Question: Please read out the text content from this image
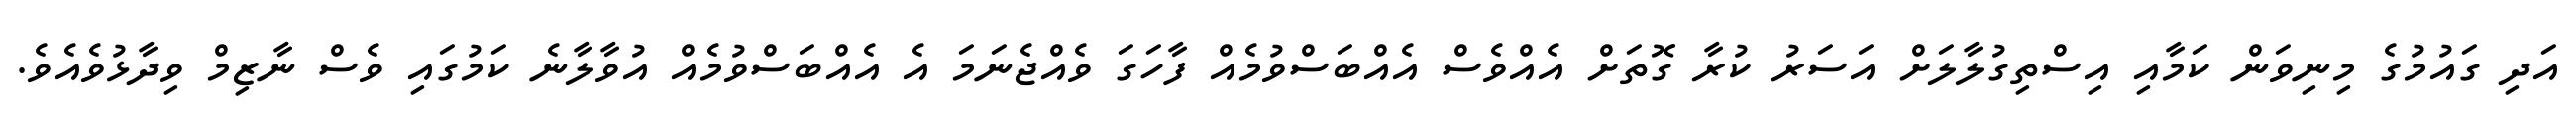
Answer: އަދި ގައުމުގެ މިނިވަން ކަމާއި އިސްތިގުލާލަށް އަސަރު ކުރާ ގޮތަށް އެއްވެސް އެއްބަސްވުމެއް ފާހަގަ ވެއްޖެނަމަ އެ އެއްބަސްވުމެއް އުވާލާނެ ކަމުގައި ވެސް ނާޒިމް ވިދާޅުވެއެވެ.